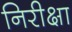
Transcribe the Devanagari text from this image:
निरीक्षा